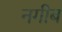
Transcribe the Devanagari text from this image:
नगीब